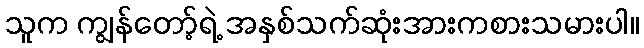
သူက ကျွန်တော့်ရဲ့ အနှစ်သက်ဆုံးအားကစားသမားပါ။